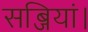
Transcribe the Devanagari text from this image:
सब्जियां।